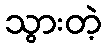
သွားတဲ့